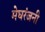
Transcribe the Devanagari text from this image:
मेघरंजनी